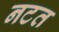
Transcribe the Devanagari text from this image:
नटत